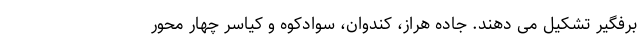
برفگیر تشکیل می دهند. جاده هراز، کندوان، سوادکوه و کیاسر چهار محور